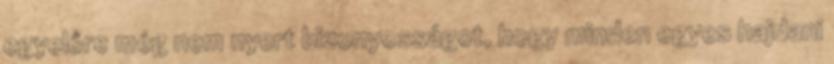
egyelőre még nem nyert bizonyosságot, hogy minden egyes hajdani